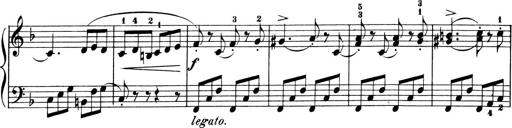
Title: 6 Piano Sonatinas
Composer: Cornelius Gurlitt